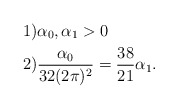
\begin{align*}& 1) \alpha_{0},\alpha_{1}>0\\& 2) \frac{\alpha_{0}}{32(2\pi)^{2}}=\frac{38}{21}\alpha_{1}.\end{align*}